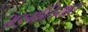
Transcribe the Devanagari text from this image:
मङ्गोलियात